Madras plague regulations in force outside the Presidency town - Volume 5
Disease focus: Plague
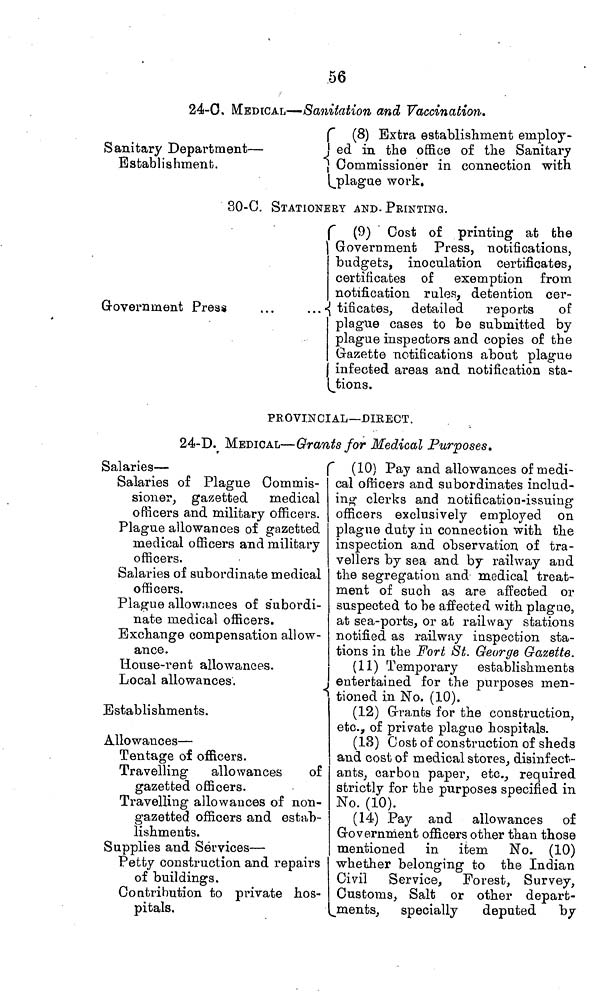
56
24-C MEDICAL—-Sanitation and Vaccination.
Sanitary Department —
Establishment.
(8) Extra establishment employ -
ed in the office of the Sanitary
Commissioner in connection with
plague work.
30-C. STATIONERY AND PRINTING.
Government
Press
(9) Cost of printing at the
Government Press, notifications,
budgets, inoculation certificates,
certificates of exemption from
notification rules, detention cer-
tificates, detailed
reports
of
plague cases to be submitted by
plague inspectors and copies of the
Gazette notifications about plague
infected areas and notification sta-
tions.
PEOVINCIAL—DIRECT.
24-D. MEDICAL—Grants for Medical Purposes.
Salaries —
(10) Pay and allowances of rnedi-
Salaries of Plague Commis-
sioner, gazetted medical
officers and military officers.
Plague allowances of gazetted
medical officers and military
officers.
Salaries of subordinate medical
officers.
Plague allowances of subordi-
nate medical officers.
Exchange compensation allow-
ance.
House-rent allowances.
Local allowances.
Establishments.
Allowances —
Tentage of officers.
Travelling
allowances
of
gazetted officers.
Travelling allowances of non-
gazetted officers and estab-
lishments.
Supplies and Services —
Petty construction and repairs
of buildings.
Contribution to private hos-
pitals.
cal officers and subordinates includ-
ing clerks and notification-issuing
officers exclusively employed on
plague duty in connection with the
inspection and observation of tra-
vellers by sea and by railway and
the segregation and medical treat-
ment of such as are affected or
suspected to be affected with plague,
at sea-ports, or at railway stations
notified as railway inspection sta-
tions in the Fort St. George Gazette.
(11) Temporary establishments
entertained for the purposes men-
tioned in No. (10).
(12) Grants for the construction,
etc., of private plague hospitals.
(13) Cost of construction of sheds
and cost of medical stores, disinfect-
ants, carbon paper, etc., required
strictly for the purposes specified in
No. (10).
(14) Pay and allowances of
Government officers other than those
mentioned in item No. (10)
whether belonging to the Indian
Civil Service, Forest, Survey,
Customs, Salt or other depart-
ments,
specially
deputed by